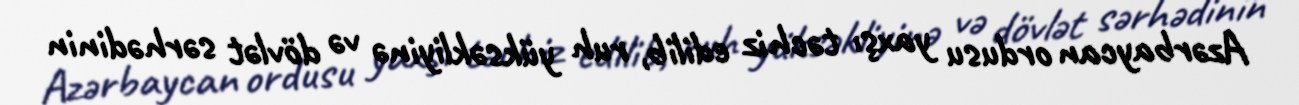
Azərbaycan ordusu yaxşı təchiz edilib, ruh yüksəkliyinə və dövlət sərhədinin